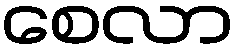
စေလာ